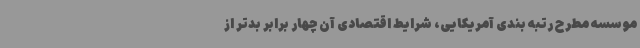
موسسه مطرح رتبه بندی آمریکایی، شرایط اقتصادی آن چهار برابر بدتر از